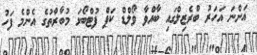
އަންނަ އަހަރު ބްރެޒިލްގައި ބާއްވާ ވޯލްޑް ކަޕް ފުޓްބޯޅަ މުބާރާތުގެ އެންމެ ފަހު